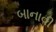
બાનાવી